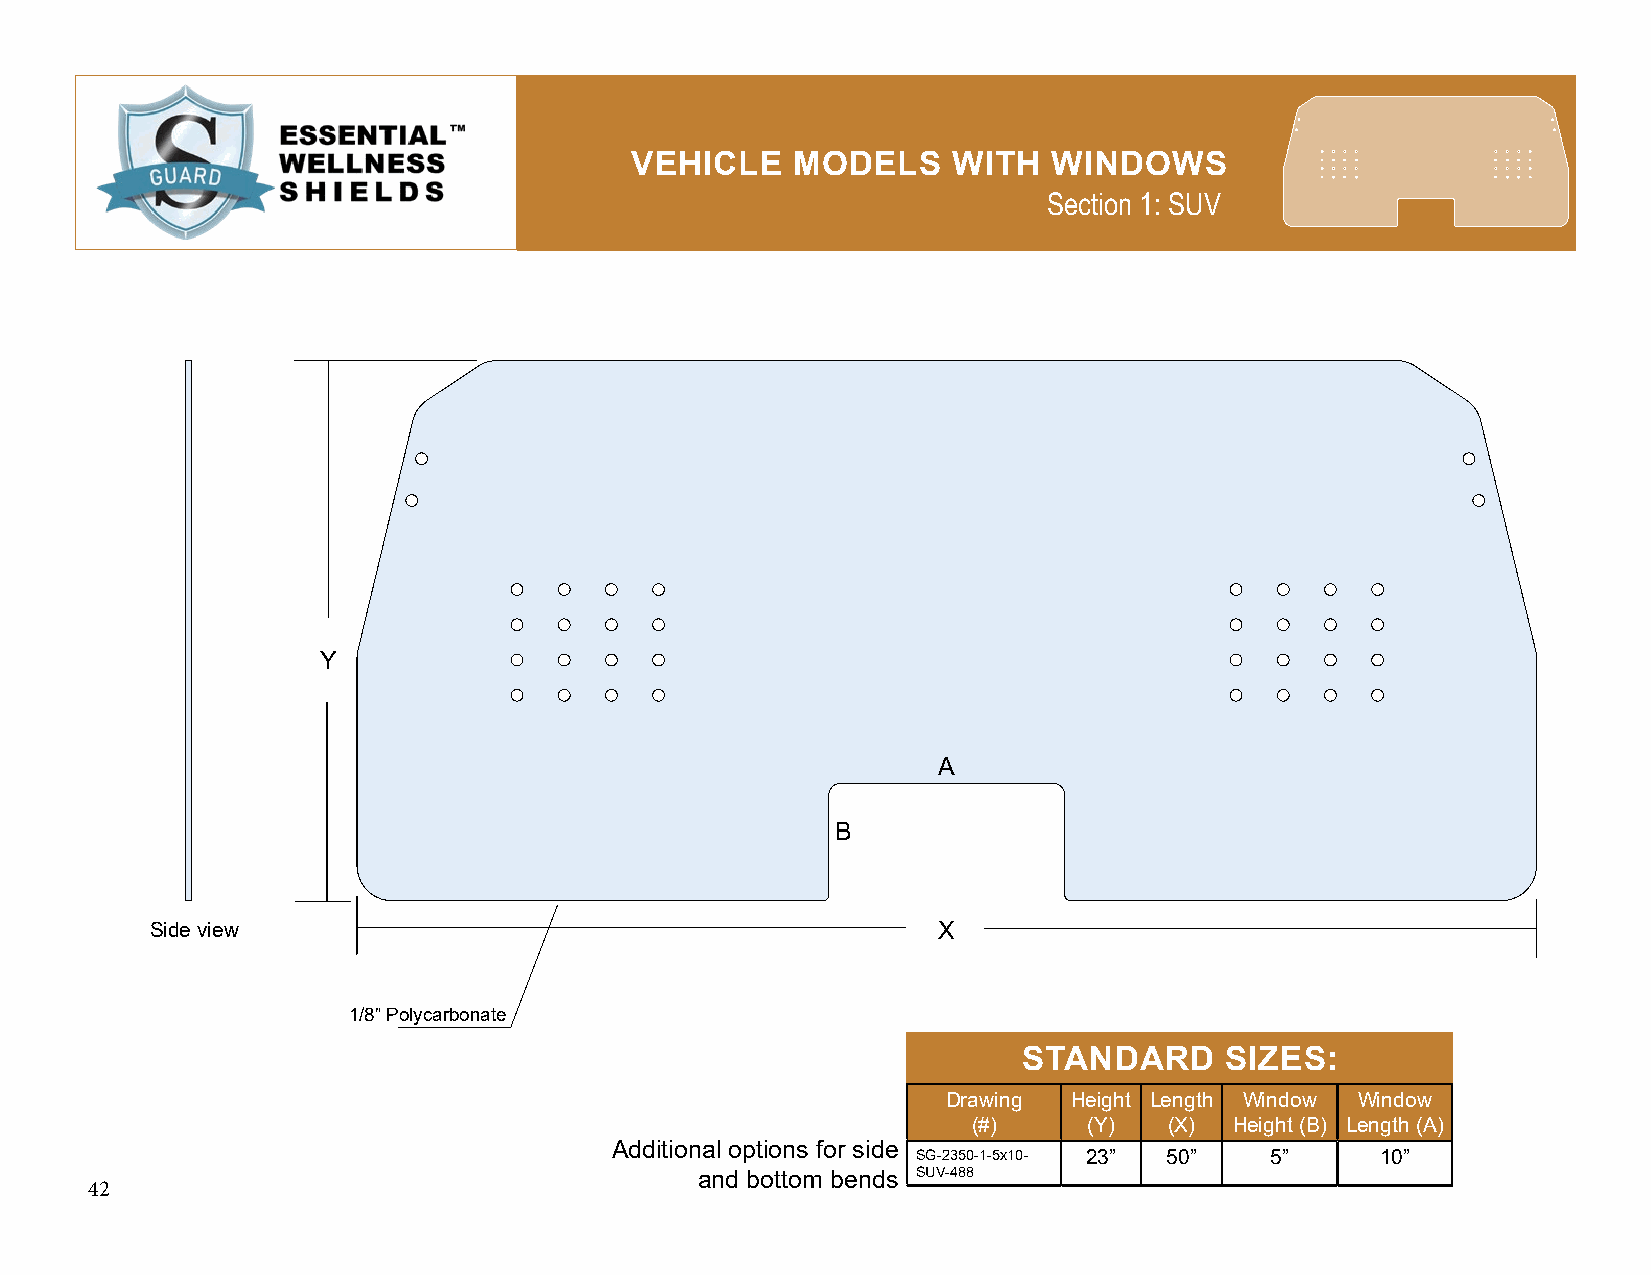
VEHICLE    MODELS    WITH   WINDOWS
 Section 1: SUV
 Y
 A
 B
 Side view                                           X
 1/8” Polycarbonate
 STANDARD     SIZES:
 Drawing Height Length Window Window
 (#)     (Y)  (X)  Height (B) Length (A)
 Additional options for side
 SG-2350-1-5x10- 23” 50” 5”    10”
 and bottom bends SUV-488
 42